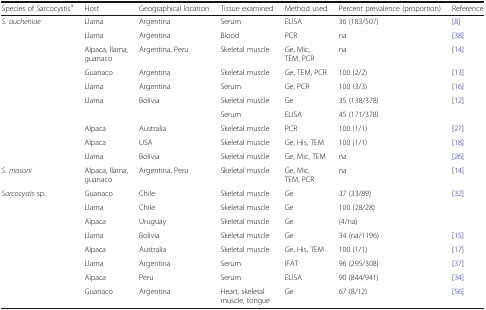
<table><thead><tr><td><b>Species of Sarcocystis<sup>a</sup></b></td><td><b>Host</b></td><td><b>Geographical location</b></td><td><b>Tissue examined</b></td><td><b>Method used</b></td><td><b>Percent prevalence (proportion)</b></td><td><b>Reference</b></td></tr></thead><tbody><tr><td rowspan="10"><i>S. aucheniae</i></td><td>Llama</td><td>Argentina</td><td>Serum</td><td>ELISA</td><td>36 (183/507)</td><td>[8]</td></tr><tr><td>Llama</td><td>Argentina</td><td>Blood</td><td>PCR</td><td>na</td><td>[38]</td></tr><tr><td>Alpaca, llama, guanaco</td><td>Argentina, Peru</td><td>Skeletal muscle</td><td>Ge, Mic, TEM, PCR</td><td>na</td><td>[14]</td></tr><tr><td>Guanaco</td><td>Argentina</td><td>Skeletal muscle</td><td>Ge, TEM, PCR</td><td>100 (2/2)</td><td>[13]</td></tr><tr><td>Llama</td><td>Argentina</td><td>Serum</td><td>Ge, PCR</td><td>100 (3/3)</td><td>[16]</td></tr><tr><td>Llama</td><td>Bolivia</td><td>Skeletal muscle</td><td>Ge</td><td>35 (138/378)</td><td rowspan="2">[12]</td></tr><tr><td></td><td></td><td>Serum</td><td>ELISA</td><td>45 (171/378)</td></tr><tr><td>Alpaca</td><td>Australia</td><td>Skeletal muscle</td><td>PCR</td><td>100 (1/1)</td><td>[27]</td></tr><tr><td>Alpaca</td><td>USA</td><td>Skeletal muscle</td><td>Ge, His, TEM</td><td>100 (1/1)</td><td>[18]</td></tr><tr><td>Llama</td><td>Bolivia</td><td>Skeletal muscle</td><td>Ge, Mic, TEM</td><td>na</td><td>[26]</td></tr><tr><td><i>S. masoni</i></td><td>Alpaca, llama, guanaco</td><td>Argentina, Peru</td><td>Skeletal muscle</td><td>Ge, Mic, TEM, PCR</td><td>na</td><td>[14]</td></tr><tr><td rowspan="8"><i>Sarcocystis</i> sp.</td><td>Guanaco</td><td>Chile</td><td>Skeletal muscle</td><td>Ge</td><td>37 (33/89)</td><td rowspan="3">[32]</td></tr><tr><td>Llama</td><td>Chile</td><td>Skeletal muscle</td><td>Ge</td><td>100 (28/28)</td></tr><tr><td>Alpaca</td><td>Uruguay</td><td>Skeletal muscle</td><td>Ge</td><td>(4/na)</td></tr><tr><td>Llama</td><td>Bolivia</td><td>Skeletal muscle</td><td>Ge</td><td>34 (na/1196)</td><td>[15]</td></tr><tr><td>Alpaca</td><td>Australia</td><td>Skeletal muscle</td><td>Ge, His, TEM</td><td>100 (1/1)</td><td>[17]</td></tr><tr><td>Llama</td><td>Argentina</td><td>Serum</td><td>IFAT</td><td>96 (295/308)</td><td>[37]</td></tr><tr><td>Alpaca</td><td>Peru</td><td>Serum</td><td>ELISA</td><td>90 (844/941)</td><td>[34]</td></tr><tr><td>Guanaco</td><td>Argentina</td><td>Heart, skeletal muscle, tongue</td><td>Ge</td><td>67 (8/12)</td><td>[56]</td></tr></tbody></table>